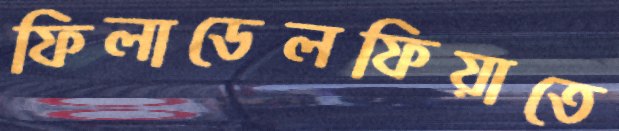
ফিলাডেলফিয়াতে